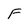
Character: F